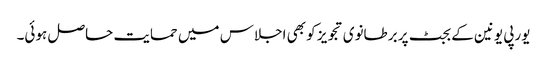
یورپی یونین کے بجٹ پر برطانوی تجویز کو بھی اجلاس میں حمایت حاصل ہوئی۔